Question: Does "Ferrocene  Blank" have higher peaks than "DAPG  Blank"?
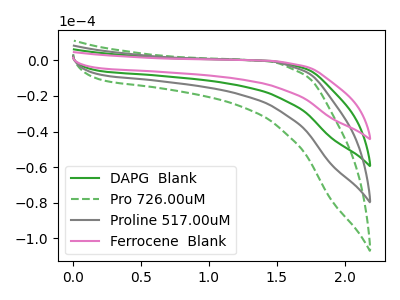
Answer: <think>The green curve "DAPG  Blank" has no peaks. The green dashed curve "Pro 726.00uM" has no peaks. The gray curve "Proline 517.00uM" has no peaks. The pink curve "Ferrocene  Blank" has no peaks.</think>
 <answer>Niether CV has any peaks.</answer>
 <eval>blanks</eval>